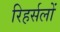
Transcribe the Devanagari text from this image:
रिहर्सलों